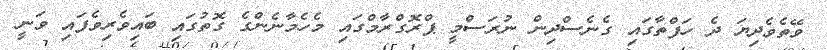
ވޭތެވެދިޔަ ދެ ހަފްތާގައި ގެނެސްދިން ނުރަސްމީ ޕްރޮގްރާމްގައި މެހެމާނެންގެ ގޮތުގައި ބައިވެރިވެފައި ވަނީ